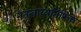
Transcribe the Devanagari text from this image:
नेतृत्वाव्यतिरिक्त